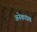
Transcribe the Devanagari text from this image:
अनेकांप्रत